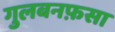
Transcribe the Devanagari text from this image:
गुलबनफ़सा